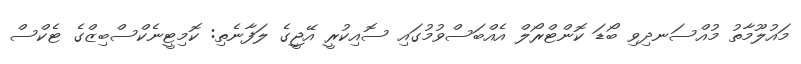
މައުލޫމާތު މުއްސަނދިވި ބޯޑަ ކޮންޓްރޯލް އެއްބަސްވުމުގައި ސޮއިކުރީ އޭޖީގެ ލަފާނެތި: ކޮމިޓީނެކްސްބިޒްގެ ޓެކްސް